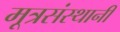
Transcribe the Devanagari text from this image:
मूत्रसंस्थानी